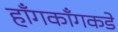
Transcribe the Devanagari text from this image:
हाँगकाँगकडे